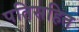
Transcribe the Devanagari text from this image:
पतिसहित